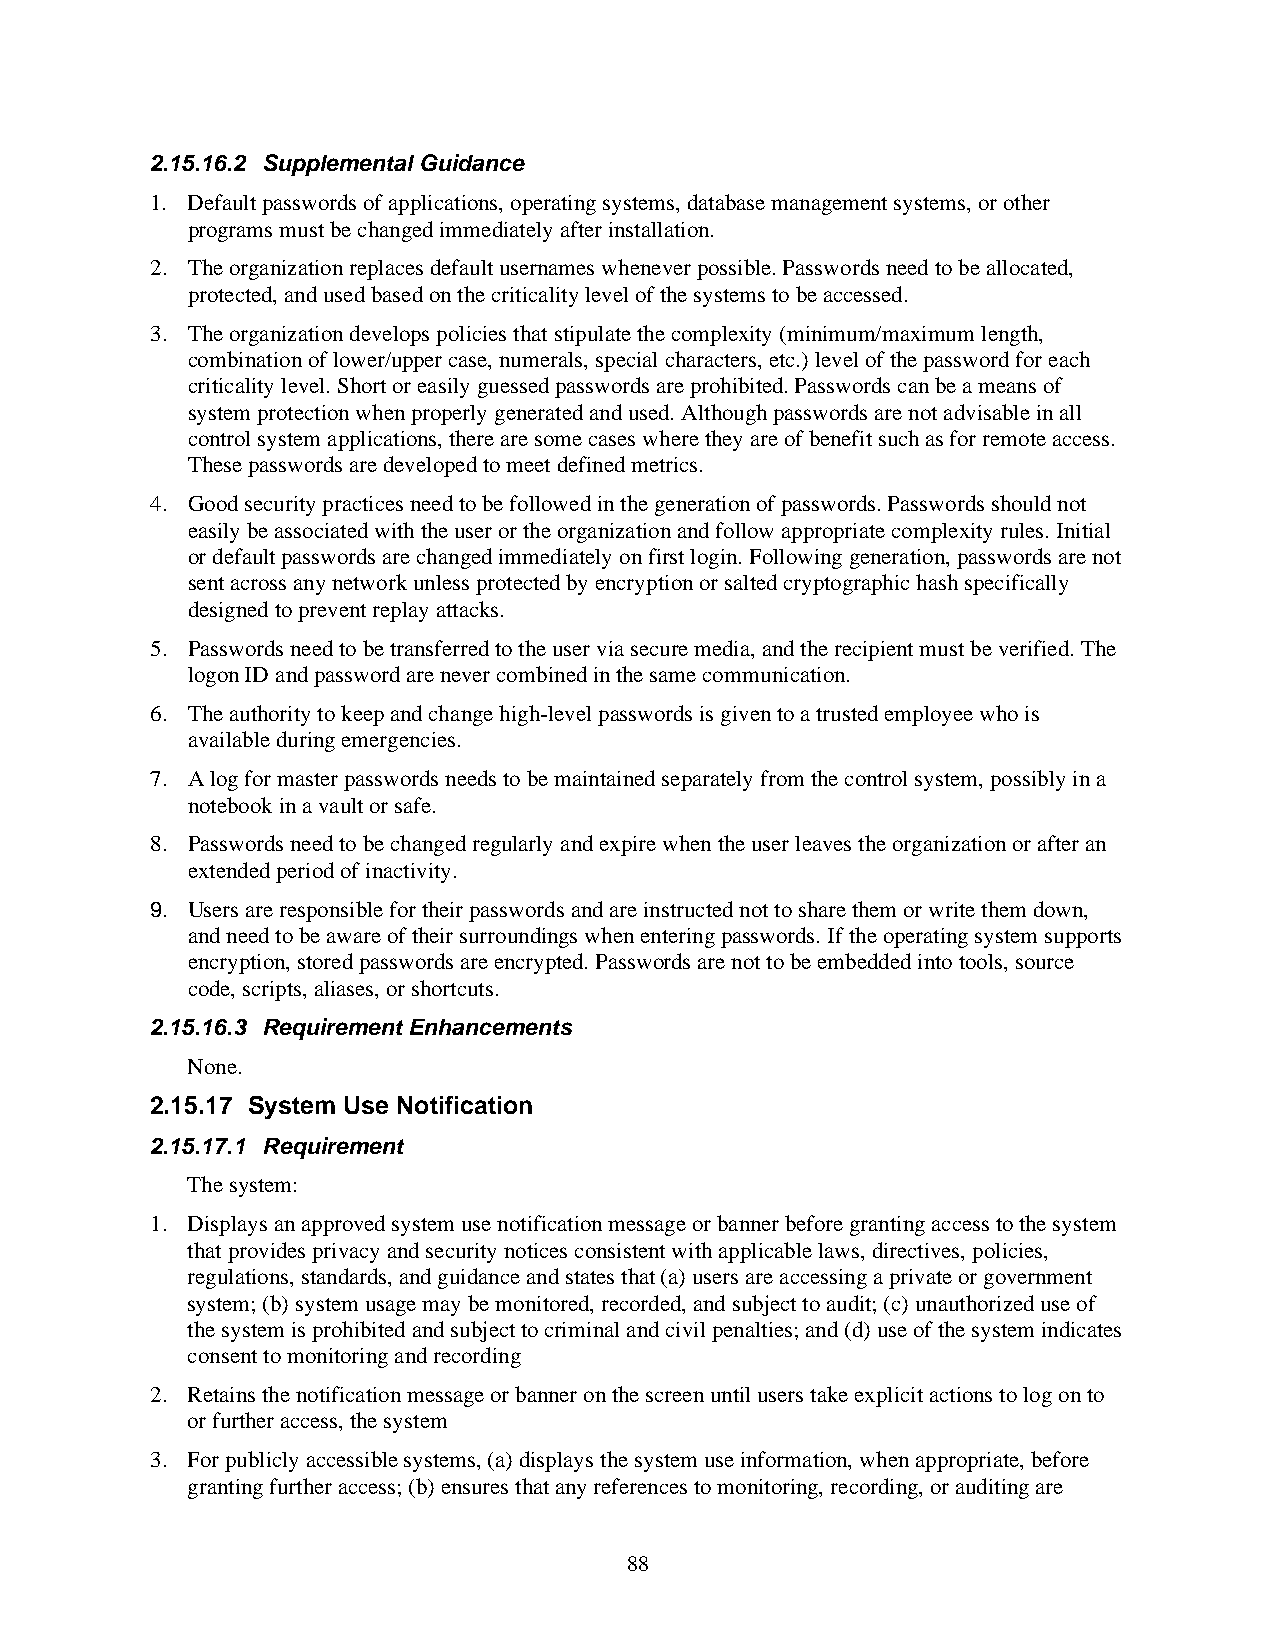
2.15.16.2 Supplemental Guidance
 1. Default passwords of applications, operating systems, database management systems, or other
 programs must be changed immediately after installation.
 2. The organization replaces default usernames whenever possible. Passwords need to be allocated,
 protected, and used based on the criticality level of the systems to be accessed.
 3. The organization develops policies that stipulate the complexity (minimum/maximum length,
 combination of lower/upper case, numerals, special characters, etc.) level of the password for each
 criticality level. Short or easily guessed passwords are prohibited. Passwords can be a means of
 system protection when properly generated and used. Although passwords are not advisable in all
 control system applications, there are some cases where they are of benefit such as for remote access.
 These passwords are developed to meet defined metrics.
 4. Good security practices need to be followed in the generation of passwords. Passwords should not
 easily be associated with the user or the organization and follow appropriate complexity rules. Initial
 or default passwords are changed immediately on first login. Following generation, passwords are not
 sent across any network unless protected by encryption or salted cryptographic hash specifically
 designed to prevent replay attacks.
 5. Passwords need to be transferred to the user via secure media, and the recipient must be verified. The
 logon ID and password are never combined in the same communication.
 6. The authority to keep and change high-level passwords is given to a trusted employee who is
 available during emergencies.
 7. A log for master passwords needs to be maintained separately from the control system, possibly in a
 notebook in a vault or safe.
 8. Passwords need to be changed regularly and expire when the user leaves the organization or after an
 extended period of inactivity.
 9. Users are responsible for their passwords and are instructed not to share them or write them down,
 and need to be aware of their surroundings when entering passwords. If the operating system supports
 encryption, stored passwords are encrypted. Passwords are not to be embedded into tools, source
 code, scripts, aliases, or shortcuts.
 2.15.16.3 Requirement Enhancements
 None.
 2.15.17 System Use Notification
 2.15.17.1 Requirement
 The system:
 1. Displays an approved system use notification message or banner before granting access to the system
 that provides privacy and security notices consistent with applicable laws, directives, policies,
 regulations, standards, and guidance and states that (a) users are accessing a private or government
 system; (b) system usage may be monitored, recorded, and subject to audit; (c) unauthorized use of
 the system is prohibited and subject to criminal and civil penalties; and (d) use of the system indicates
 consent to monitoring and recording
 2. Retains the notification message or banner on the screen until users take explicit actions to log on to
 or further access, the system
 3. For publicly accessible systems, (a) displays the system use information, when appropriate, before
 granting further access; (b) ensures that any references to monitoring, recording, or auditing are
 88